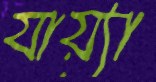
যায়্যা